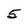
Character: 5